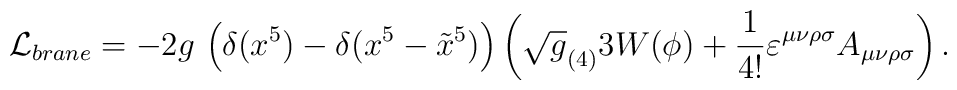
{\cal L}_{brane}=-2 g \,\left( \delta (x^5)-\delta(x^5-\tilde x^5 )\right)  \left( \sqrt g_{(4)} 3 W(\phi) +{1\over 4!} \varepsilon ^{\mu \nu \rho\sigma }A_{\mu \nu \rho  \sigma }\right) .